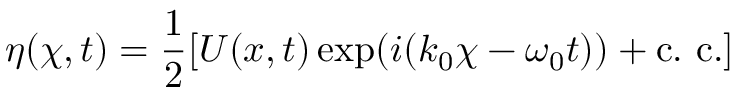
\eta ( \chi , t ) = \frac { 1 } { 2 } [ U ( x , t ) \exp ( i ( k _ { 0 } \chi - \omega _ { 0 } t ) ) + \mathrm { { c . ~ c . } } ]